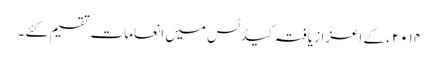
۲۰۱۴ ء کے اعزاز یافتہ کیڈٹس میں انعامات تقسیم کئے ۔